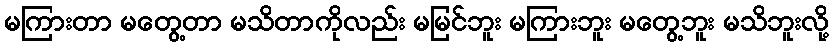
မကြားတာ မတွေ့တာ မသိတာကိုလည်း မမြင်ဘူး မကြားဘူး မတွေ့ဘူး မသိဘူးလို့